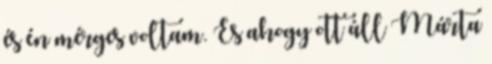
és én mérges voltam. És ahogy ott áll Márta